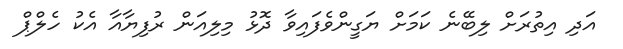
އަދި އިތުރަށް ލިބޭނެ ކަމަށް ޔަގީންވެފައިވާ ދޮޅު މިލިއަން ރުފިޔާއާ އެކު ހެލްޕް